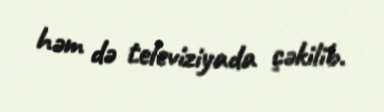
həm də televiziyada çəkilib.